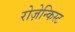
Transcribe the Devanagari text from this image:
रोज़ेन्किस्ट